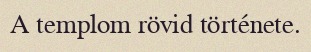
A templom rövid története.